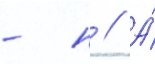
- н // А́